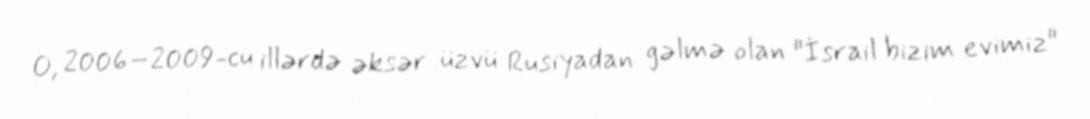
O, 2006–2009-cu illərdə əksər üzvü Rusiyadan gəlmə olan "İsrail bizim evimiz"